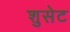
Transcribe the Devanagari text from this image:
शुसेट